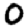
Digit: 0